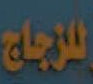
للزجاج